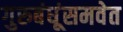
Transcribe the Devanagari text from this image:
गुरुबंधूंसमवेत